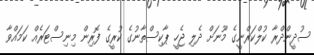
ސުދީންދްރާ ކުލްކަރްނީގެ މޫނަށް ދެލި ޖެހީ ޕާކިސްތާނުގެ ކުރީގެ ފޮރިން މިނިސްޓަރެއް ކަމައްވާ